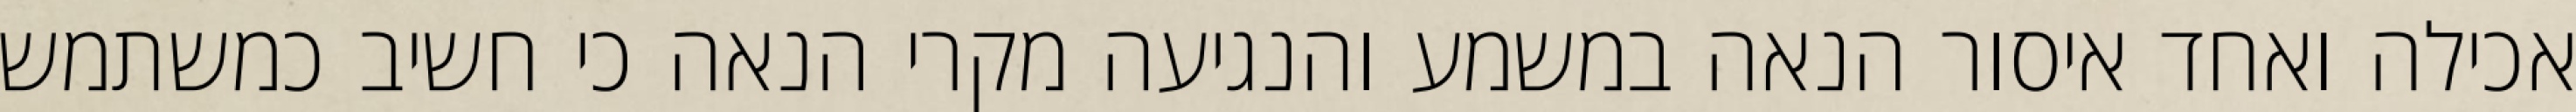
אכילה ואחד איסור הנאה במשמע והנגיעה מקרי הנאה כי חשיב כמשתמש